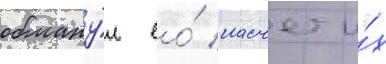
обману́л ео́ насчет и́х